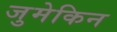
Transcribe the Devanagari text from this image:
जुमेकिन